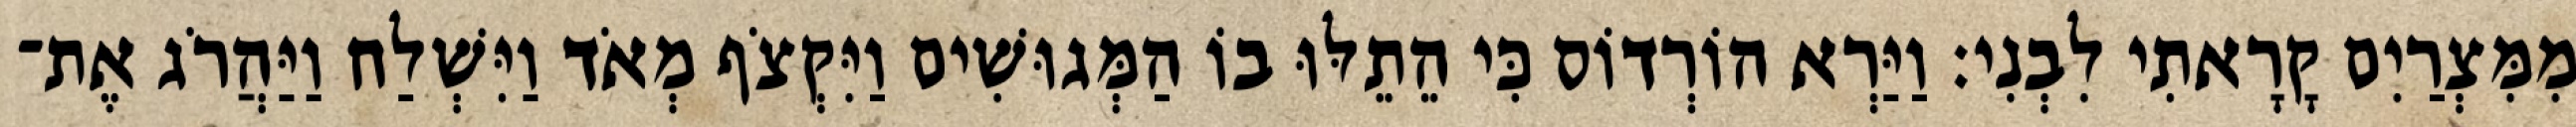
מִמִּצְרַיִם קָרָאתִי לִבְנִי׃ וַיַּרְא הוֹרְדוֹס כִּי הֵתֵלּוּ בוֹ הַמְּגוּשִׁים וַיִּקְצֹף מְאֹד וַיִּשְׁלַח וַיַּהֲרֹג אֶת־